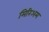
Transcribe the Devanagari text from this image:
मिरिअम